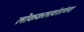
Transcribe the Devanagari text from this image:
लोककलावंतांच्या